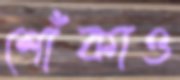
শোঁকাও